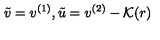
\tilde { v } = v ^ { ( 1 ) } , \tilde { u } = v ^ { ( 2 ) } - \mathcal { K } ( r )